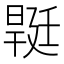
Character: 𣉡